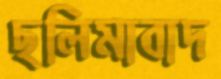
ছলিমাবাদ